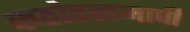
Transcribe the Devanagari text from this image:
कठोरतामापी